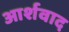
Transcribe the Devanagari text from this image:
आर्शवाद